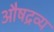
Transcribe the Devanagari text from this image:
औषद्रव्य